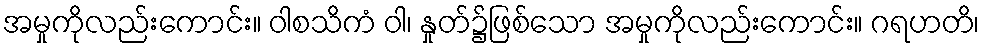
အမှုကိုလည်းကောင်း။ ဝါစသိကံ ဝါ၊ နှုတ်၌ဖြစ်သော အမှုကိုလည်းကောင်း။ ဂရဟတိ၊